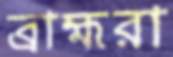
ব্রাহ্মরা